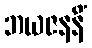
ဘယဇနနိံ